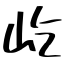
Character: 屹